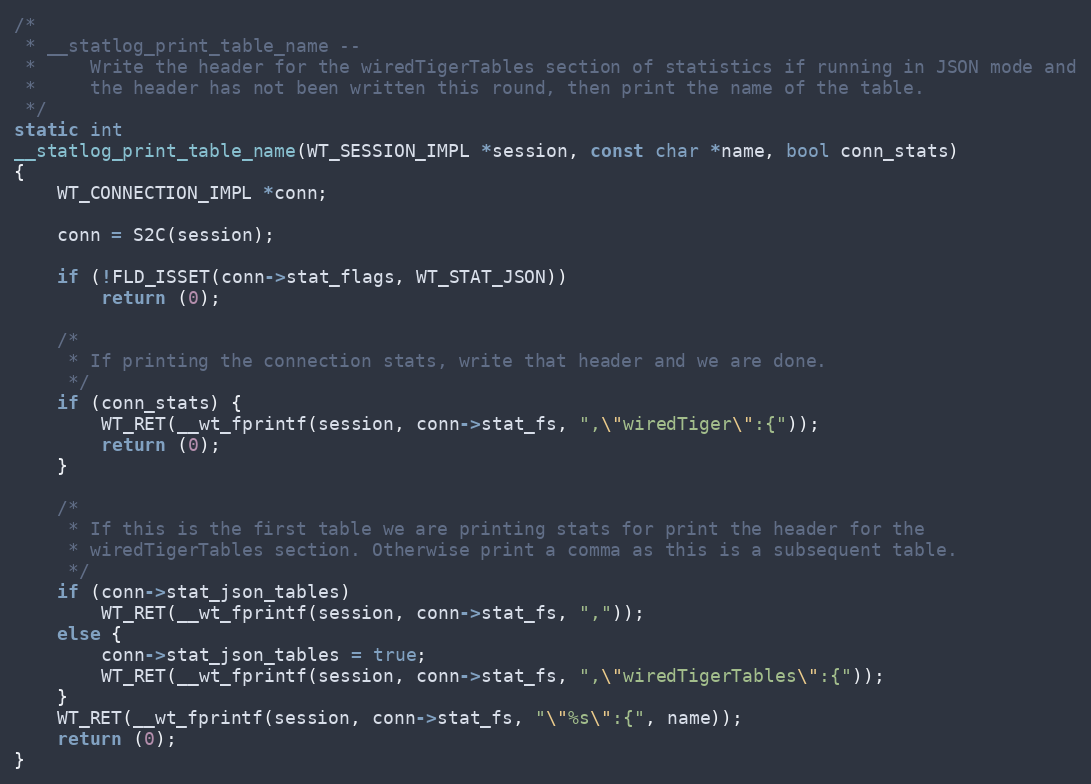
Language: C
/*
 * __statlog_print_table_name --
 *     Write the header for the wiredTigerTables section of statistics if running in JSON mode and
 *     the header has not been written this round, then print the name of the table.
 */
static int
__statlog_print_table_name(WT_SESSION_IMPL *session, const char *name, bool conn_stats)
{
    WT_CONNECTION_IMPL *conn;

    conn = S2C(session);

    if (!FLD_ISSET(conn->stat_flags, WT_STAT_JSON))
        return (0);

    /*
     * If printing the connection stats, write that header and we are done.
     */
    if (conn_stats) {
        WT_RET(__wt_fprintf(session, conn->stat_fs, ",\"wiredTiger\":{"));
        return (0);
    }

    /*
     * If this is the first table we are printing stats for print the header for the
     * wiredTigerTables section. Otherwise print a comma as this is a subsequent table.
     */
    if (conn->stat_json_tables)
        WT_RET(__wt_fprintf(session, conn->stat_fs, ","));
    else {
        conn->stat_json_tables = true;
        WT_RET(__wt_fprintf(session, conn->stat_fs, ",\"wiredTigerTables\":{"));
    }
    WT_RET(__wt_fprintf(session, conn->stat_fs, "\"%s\":{", name));
    return (0);
}